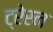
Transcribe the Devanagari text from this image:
ट्रेरन